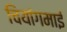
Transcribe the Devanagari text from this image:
चियांगमाई